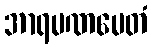
အာရမဏမေတံ